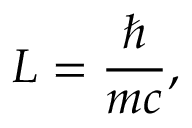
L = { \frac { \hbar } { m c } } ,